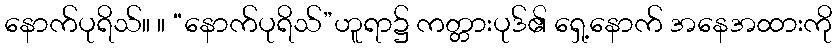
နောက်ပုရိသ်။ ။ “နောက်ပုရိသ်”ဟူရာ၌ ကတ္တားပုဒ်၏ ရှေ့နောက် အနေအထားကို